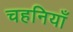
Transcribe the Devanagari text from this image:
चहनियाँ